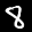
Label: 8